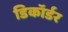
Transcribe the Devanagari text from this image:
डिकॉर्डर